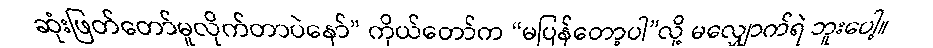
ဆုံးဖြတ်တော်မူလိုက်တာပဲနော်” ကိုယ်တော်က “မပြန်တော့ပါ”လို့ မလျှောက်ရဲ ဘူးပေါ့။